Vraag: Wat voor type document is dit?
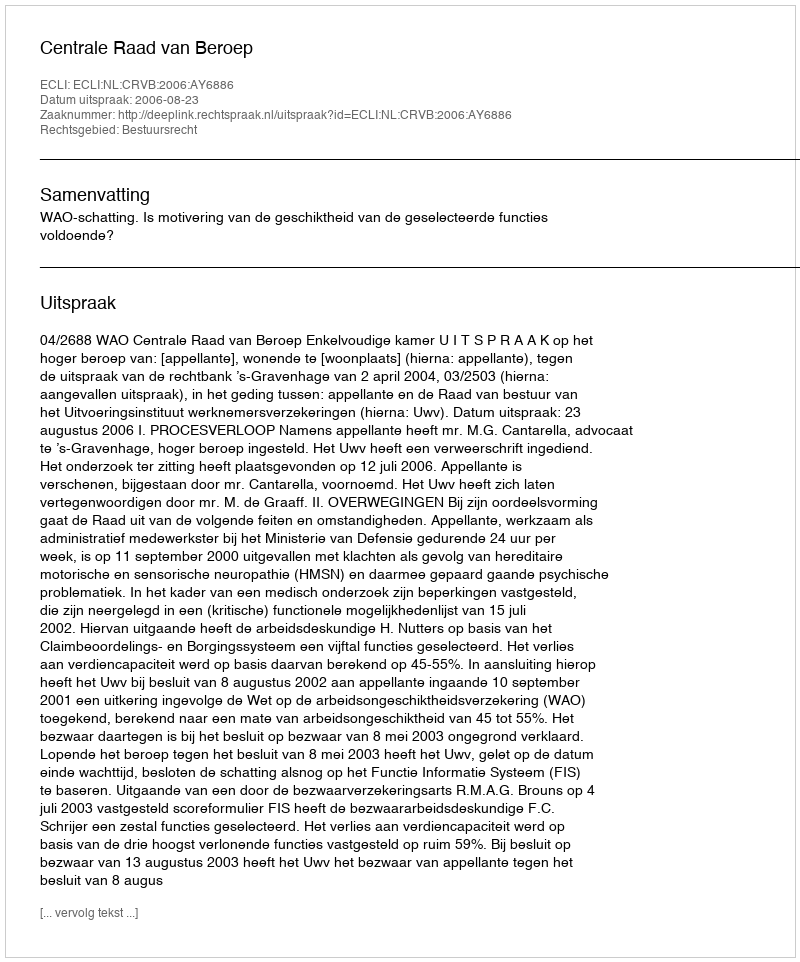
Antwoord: Uitspraak